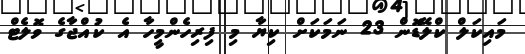
މައިކަލް ކްލޭޑޮން 23 ނަމަކަށް ކިޔާ މި ފިރިހެންމީހާ އެ ކުއްޖާގެ ވޮލެޓް